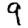
Digit: 9